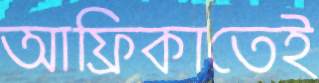
আফ্রিকাতেই